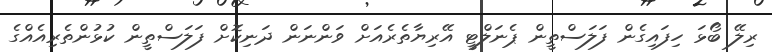
ރިލޭ ބޯޅަ ހިފައިގެން ފަލަސްތީން ޕެނަލްޓީ އޭރިޔާތެރެއަށް ވަންނަން ދަނިކޮށް ފަލަސްތީން ކުޅުންތެރިއެެއްގެ